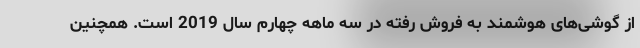
از گوشی‌های هوشمند به فروش رفته در سه ماهه چهارم سال 2019 است. همچنین